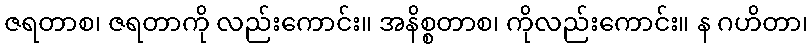
ဇရတာစ၊ ဇရတာကို လည်းကောင်း။ အနိစ္စတာစ၊ ကိုလည်းကောင်း။ န ဂဟိတာ၊